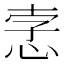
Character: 𢚦